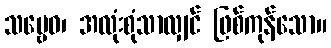
သဗ္ဗေဝ၊ အလုံးစုံသာလျှင် ဖြစ်ကုန်သော။